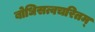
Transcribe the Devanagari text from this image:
बोधिसत्वचरितम्